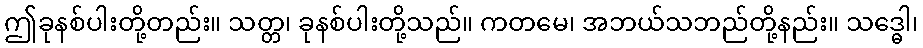
ဤခုနစ်ပါးတို့တည်း။ သတ္တ၊ ခုနစ်ပါးတို့သည်။ ကတမေ၊ အဘယ်သဘည်တို့နည်း။ သဒ္ဓေါ၊